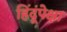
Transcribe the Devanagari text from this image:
हिंदूंपेक्षा